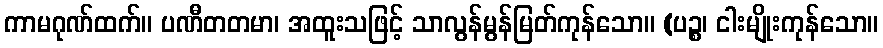
ကာမဂုဏ်ထက်။ ပဏီတတမာ၊ အထူးသဖြင့် သာလွန်မွန်မြတ်ကုန်သော။ (ပဉ္စ၊ ငါးမျိုးကုန်သော။